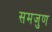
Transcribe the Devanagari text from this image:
समजुण